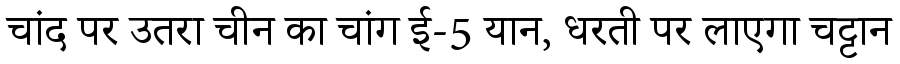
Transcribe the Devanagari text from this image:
चांद पर उतरा चीन का चांग ई-5 यान, धरती पर लाएगा चट्टान